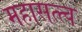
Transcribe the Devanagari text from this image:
महासत्त्व